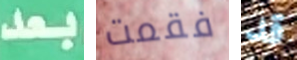
بعد فقمت قد